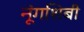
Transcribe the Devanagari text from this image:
नूंगशिबी